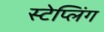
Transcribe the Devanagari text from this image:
स्टेप्लिंग